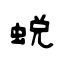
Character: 蛻